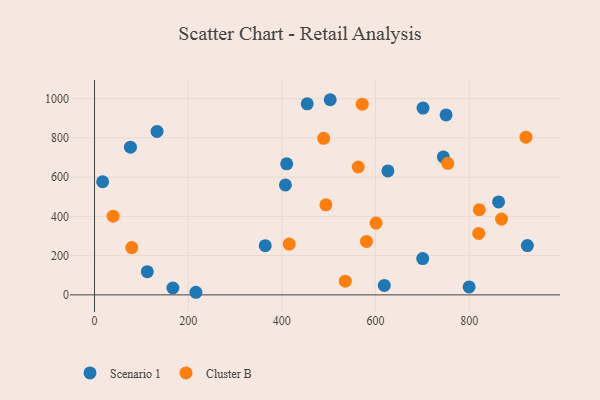
{"axis": {"x": "Speed", "y": "Exam Score"}, "legend": ["Cluster B", "Scenario 1"], "data": [{"x": "924.2", "y": 251.3, "type": "Scenario 1"}, {"x": "701.4", "y": 952.2, "type": "Scenario 1"}, {"x": "76.7", "y": 753.0, "type": "Scenario 1"}, {"x": "862.7", "y": 473.8, "type": "Scenario 1"}, {"x": "364.5", "y": 250.8, "type": "Scenario 1"}, {"x": "407.6", "y": 560.6, "type": "Scenario 1"}, {"x": "133.5", "y": 833.4, "type": "Scenario 1"}, {"x": "750.6", "y": 917.2, "type": "Scenario 1"}, {"x": "454.1", "y": 973.8, "type": "Scenario 1"}, {"x": "618.7", "y": 48.0, "type": "Scenario 1"}, {"x": "744.8", "y": 703.1, "type": "Scenario 1"}, {"x": "410.3", "y": 668.2, "type": "Scenario 1"}, {"x": "626.4", "y": 631.8, "type": "Scenario 1"}, {"x": "17.3", "y": 576.8, "type": "Scenario 1"}, {"x": "503.2", "y": 994.9, "type": "Scenario 1"}, {"x": "112.7", "y": 118.1, "type": "Scenario 1"}, {"x": "167.3", "y": 34.9, "type": "Scenario 1"}, {"x": "799.8", "y": 40.6, "type": "Scenario 1"}, {"x": "216.5", "y": 13.2, "type": "Scenario 1"}, {"x": "700.7", "y": 185.0, "type": "Scenario 1"}, {"x": "754.2", "y": 670.4, "type": "Cluster B"}, {"x": "563.0", "y": 652.0, "type": "Cluster B"}, {"x": "821.5", "y": 433.9, "type": "Cluster B"}, {"x": "79.5", "y": 240.9, "type": "Cluster B"}, {"x": "489.2", "y": 798.1, "type": "Cluster B"}, {"x": "601.1", "y": 366.1, "type": "Cluster B"}, {"x": "39.6", "y": 401.3, "type": "Cluster B"}, {"x": "921.2", "y": 804.0, "type": "Cluster B"}, {"x": "580.6", "y": 272.4, "type": "Cluster B"}, {"x": "415.7", "y": 259.1, "type": "Cluster B"}, {"x": "820.3", "y": 313.1, "type": "Cluster B"}, {"x": "571.6", "y": 972.3, "type": "Cluster B"}, {"x": "494.0", "y": 459.1, "type": "Cluster B"}, {"x": "869.0", "y": 386.6, "type": "Cluster B"}, {"x": "535.4", "y": 69.9, "type": "Cluster B"}]}